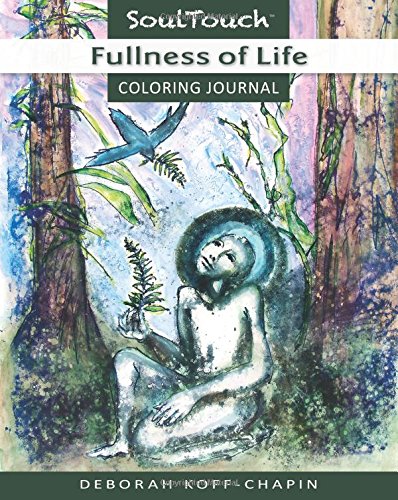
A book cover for FULLNESS OF LIFE: Soul Touch Coloring Journal; Deborah Koff-Chapin; Self-Help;